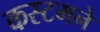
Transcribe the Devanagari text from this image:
कस्टमने